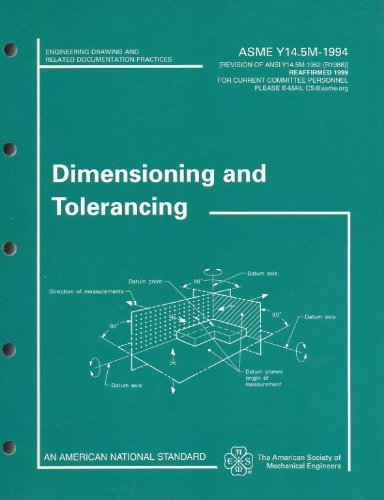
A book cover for Dimensioning and Tolerancing: ASME Y14.5M-1994 (Engineering Drawing and Related Documentation Practices); American Society of Mechanical Engineers (ASME); Science & Math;